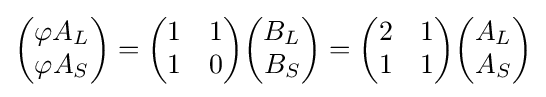
{\begin{pmatrix}\varphi A_{L}\\\varphi A_{S}\end{pmatrix}}={\begin{pmatrix}1&1\\1&0\end{pmatrix}}{\begin{pmatrix}B_{L}\\B_{S}\end{pmatrix}}={\begin{pmatrix}2&1\\1&1\end{pmatrix}}{\begin{pmatrix}A_{L}\\A_{S}\end{pmatrix}}